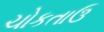
ચોકતાઉ